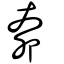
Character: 奅